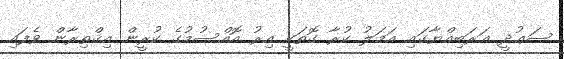
ސަޢުދީ ޢަރަބިއްޔާގައި އަމަލު ކުރާ ގޮތަކީ އިރު އޮއްސުމުގެ ކުރީން އިޤްތިރާން ވެފައި